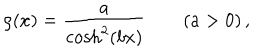
\rho ( x ) = \frac { a } { \cosh ^ { 2 } ( b x ) } \qquad ( a > 0 ) \, ,